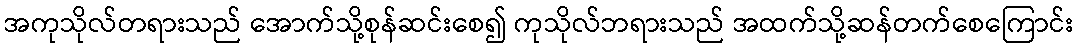
အကုသိုလ်တရားသည် အောက်သို့စုန်ဆင်းစေ၍ ကုသိုလ်ဘရားသည် အထက်သို့ဆန်တက်စေကြောင်း